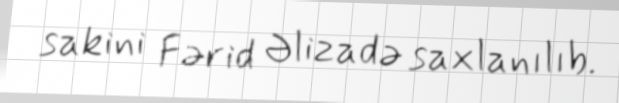
sakini Fərid Əlizadə saxlanılıb.